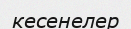
кесенелер